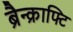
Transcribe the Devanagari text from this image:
ब्रैन्क्राफ्टि